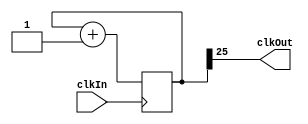
module clockDivider(clkOut, clkIn);
	input clkIn;
	output clkOut;
	
	initial
	 counter <= 0;
	
	reg [31:0] counter;
	always@(posedge clkIn) begin
		counter <= counter + 1'b1;
	end
	assign clkOut = counter[25];
endmodule